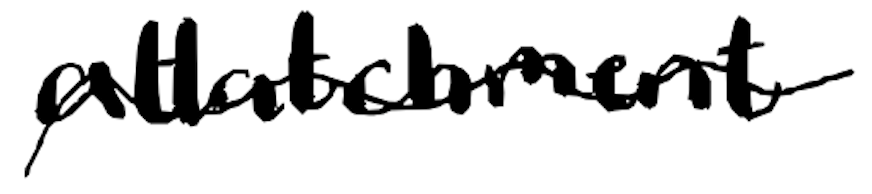
Text: attachment
Cross-out: wave
Writing tool: digital_black